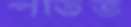
পতিত